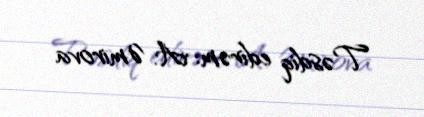
Təsdiq edirəm: A. Əmirova